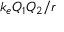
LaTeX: k _ { e } Q _ { 1 } Q _ { 2 } / r